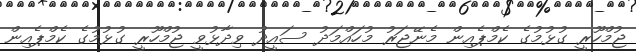
ޖުމްހޫރީ ގުޅުމުގެ ކެމްޕެއިން މެނޭޖަރު މުހައްމަދު ސައީދު ވިދާޅުވީ ޖުމްހޫރީ ގުޅުމުގެ ކެމްޕެއިން